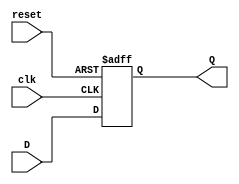
//PROYECTO MAQUINA DE ESTADOS FINITOS
//ELECTRONICA DIGITAL
//OCTUBRE DE 2020
//GABRIEL ALEXANDER FONG PENAGOS 19722
//FSM

//CREAMOS MODULO FLIP FLOP TIPO D, DE 2 BITS
module flipflopD(input wire clk, reset,
                input wire D,
                output reg Q);                  //COLOCAMOS NUESTRA SALIDA COMO REG
  always @(posedge clk, posedge reset) begin   //COLOCAMOS ALWAYS PARA QUE SIEMPRE SE PUEDA REALIZAR LA FUNCION
    if(reset) begin
      Q <= 1'b0;                              //COLOCA LA SALIDA CON VALOR 0
    end
    else
      Q <= D;                                 //COLOCA EN LA SALIDA EL VALOR QUE TENGA D
    end
endmodule

module antirebote(input wire BF,clk, reset,
                  output wire BI);
      wire S;
      flipflopD U1(clk, reset, BF, S);
      assign BI = (~S & BF);
endmodule

module FSM1(input wire clk, reset, L, U, P, ST, ON,
            output wire PP, PS, M, F,
            output wire [1:0]TA,
            output wire [2:0]SA,
            output wire [2:0]SF); //SA = ESTADO ACTUAL, SF = ESTADO FUTURO

      wire S2, S1, S0;
      //REALIZAMOS LAS ECUACIONES PARA LOS ESTADOS FUTUROS
      assign SF[2] = (S2 & ST & ON)|(S1 & S0 & ST & ON);
      assign SF[1] = (S2 & ~ST) | (S2 & ~ON) | (S1 & ~S0 & ST) | (S1 & S0 & ~ST) | (~S1 & S0 & L & ~U) | (~S2 & ~S1 & P) | (~S2 & ~S0 & P) | (S1 & L & ~ST) | (S1 & ~U & ~ST) |(S1 & ST & ~ON);
      assign SF[0] = (S2 & ST & ~ON) | (S1 & ~S0 & ~L & ST) | (S1 & ~S0 & ~U & ST) | (S1 & S0 & ST & ~ON) | (~S1 & S0 & L & U & ~P) | (S1 & ~S0 & ~L & U & ~P)| (~S1 & S0 & ~L & ~U & ~P) | (~S2 & ~S1 & ~S0 & L & ~U & ~P);
      //REALIZAMOS LAS CONEXIONES PARA NUESTROS FLIP FLOP PARA ESTADOS ACTUALES
      flipflopD U1(clk, reset,SF[2], S2);
      flipflopD U2(clk, reset,SF[1], S1);
      flipflopD U3(clk, reset,SF[0], S0);

      assign SA[2] = S2;
      assign SA[1] = S1;
      assign SA[0] = S0;
      //REALIZAMOS LAS ECUACIONES PARA LAS SALIDAS
      assign PP = (~S2 & S1) | (S2 & ~S1 & ~S0);
      assign PS = (~S2 & S1) | (~S2 & S0) | (S2 & ~S1 & ~S0);
      assign TA[1] = (~S2 & S1) | (S2 & ~S1 & ~S0);
      assign TA[0] = (~S2 & S0) | (S2 & ~S1 & ~S0);
      assign M = (~S2 & S1 & S0) | (S2 & ~S1 & ~S0);
      assign F = (S2 & ~S1 & ~S0);
endmodule

module FSM2(input wire clk, reset, SE,
            input wire [2:0]BE,
            output wire P, ME,
            output wire [1:0]A,
            output wire [1:0]SR,
            output wire [1:0]PO,
            output wire [2:0]SA,
            output wire [2:0]SF);

      wire S2, S1, S0, BE2, BE1, BE0;
      assign BE2 = BE[2];
      assign BE1 = BE[1];
      assign BE0 = BE[0];
      //REALIZAMOS LAS ECUACIONES PARA LOS ESTADOS FUTUROS
      assign SF[2] = (S2 & BE2) | (BE2 & ~BE1) | (~S1 & ~S0 & BE2 & SE) | (S2 & S1 & BE1 & SE) | (S2 & S1 & ~BE0 & SE) | (~S2 & ~S1 & ~S0 & ~BE1 & ~BE0 & SE);
      assign SF[1] = (S1 & BE1) | (~BE2 & BE1) | (~S2 & ~S0 & BE1 & SE) | (S2 & S1 & ~BE0 & SE) | (~S2 & ~S1 & ~S0 & ~BE2 & ~BE0 & SE);
      assign SF[0] = (~BE1 & BE0) | (S0 & BE2 & BE1) | (~S2 & ~BE2 & BE0) | (~S1 & ~BE2 & BE0) | (~BE2 & BE0 & ~SE);
      //REALIZAMOS LAS CONEXIONES DE LOS FLIP FLOPS PARA LOS ESTADOS ACTUALES
      flipflopD U1(clk, reset, SF[2], S2);
      flipflopD U2(clk, reset, SF[1], S1);
      flipflopD U3(clk, reset, SF[0], S0);

      assign SA[2] = S2;
      assign SA[1] = S1;
      assign SA[0] = S0;

      //REALIZAMOS LAS ECUACIONES PARA LAS SALIDAS
      assign A[1] =(~S2 & S0);
      assign A[0] = S1;
      assign SR[1] = (~S2 & S1);
      assign SR[0] = (S2 & S1) | (~S2 & S0);
      assign P = (S2 & S1) | (~S1 & S0);
      assign PO[1] = (S2 & ~S1);
      assign PO[0] = (S2 & S1) | (~S2 & ~S1 & S0);
      assign ME = (~S1 & S0) | (~S2 & S1 & ~S0);
endmodule